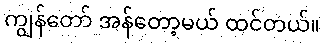
ကျွန်တော် အန်တော့မယ် ထင်တယ်။